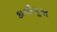
કાલીપૂજા